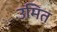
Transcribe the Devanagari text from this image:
उमित